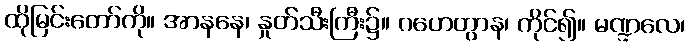
ထိုမြင်းတော်ကို။ အာနနေ၊ နှုတ်သီးကြီး၌။ ဂဟေတွာန၊ ကိုင်၍။ မဏ္ဍလေ၊